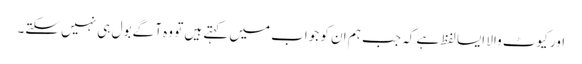
اور کیوٹ والا ایسا لفظ ہے کہ جب ہم ان کو جواب میں کہتے ہیں تو وہ آگے بول ہی نہیں سکتے۔